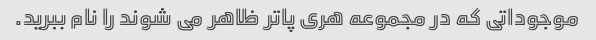
موجوداتی که در مجموعه هری پاتر ظاهر می شوند را نام ببرید.